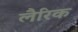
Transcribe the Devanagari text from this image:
लैरिक